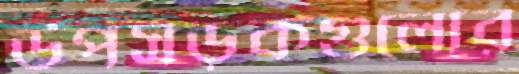
উপসড়কগুলোর